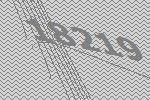
18219